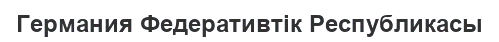
Германия Федеративтік Республикасы